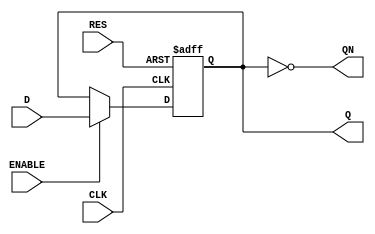
module DFFR_6B_4(D, CLK, RES, ENABLE, Q, QN);

	 parameter BW = 6;

	 input  signed[BW-1:0] D;
	 input CLK, RES, ENABLE;
	 output  signed[BW-1:0] QN,Q;
	 reg  signed[BW-1:0] Q;

	 always @(posedge CLK or posedge RES) begin
		if( RES == 1'b1) begin
			Q <= 0;
	 end
	 else begin 
	 if(ENABLE == 1'b1)begin
			Q <= D;
	 end
	 end
	 end
	 
	 assign QN = ~Q;
	 
endmodule